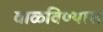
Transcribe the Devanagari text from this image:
वाळविण्यास